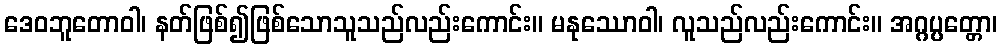
ဒေဝဘူတောဝါ၊ နတ်ဖြစ်၍ဖြစ်သောသူသည်လည်းကောင်း။ မနုဿောဝါ၊ လူသည်လည်းကောင်း။ အဂ္ဂပ္ပတ္တော၊